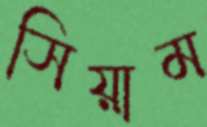
সিয়াম